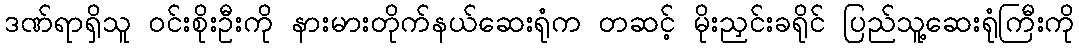
ဒဏ်ရာရှိသူ ဝင်းစိုးဦးကို နားမားတိုက်နယ်ဆေးရုံက တဆင့် မိုးညှင်းခရိုင် ပြည်သူ့ဆေးရုံကြီးကို